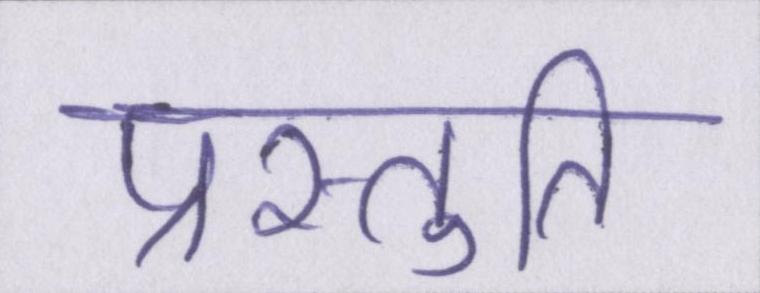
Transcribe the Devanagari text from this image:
प्रस्तुति